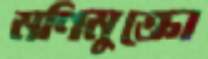
মণিমুক্তো